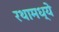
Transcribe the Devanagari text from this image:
रथामध्ये